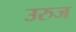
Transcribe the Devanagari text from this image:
उरुज